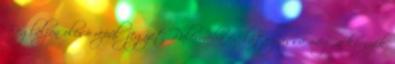
Foglaljon olcsó repülőjegyet Palermóba és látogassa meg a környék